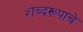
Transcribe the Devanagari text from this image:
शब्दरूपाचे